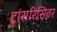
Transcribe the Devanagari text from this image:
ट्रांसरिसिवर